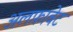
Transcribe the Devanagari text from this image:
अलफ़ाबेट